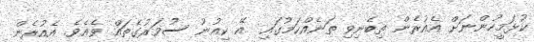
ކުޅަމީހުންނަށް އެއުރެން ތިބެނިވި ތަނެއްކަމުގައި  އޭ ކިއުނު ސުވަރުގެތައް ވެއެވެ. އެއުރެން